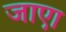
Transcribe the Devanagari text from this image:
जाएा